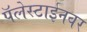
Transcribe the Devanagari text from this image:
पॅलेस्टाईनवर